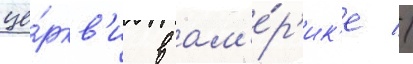
це́ркв'и в ам'е́р'ик'е //